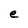
Character: e